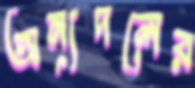
অন্যদলের